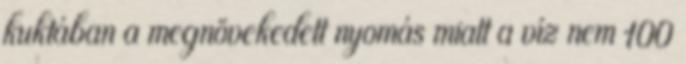
kuktában a megnövekedett nyomás miatt a víz nem 100